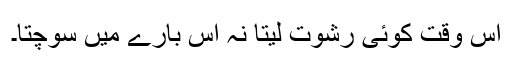
اس وقت کوئی رشوت لیتا نہ اس بارے میں سوچتا۔